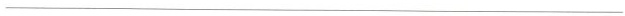
___